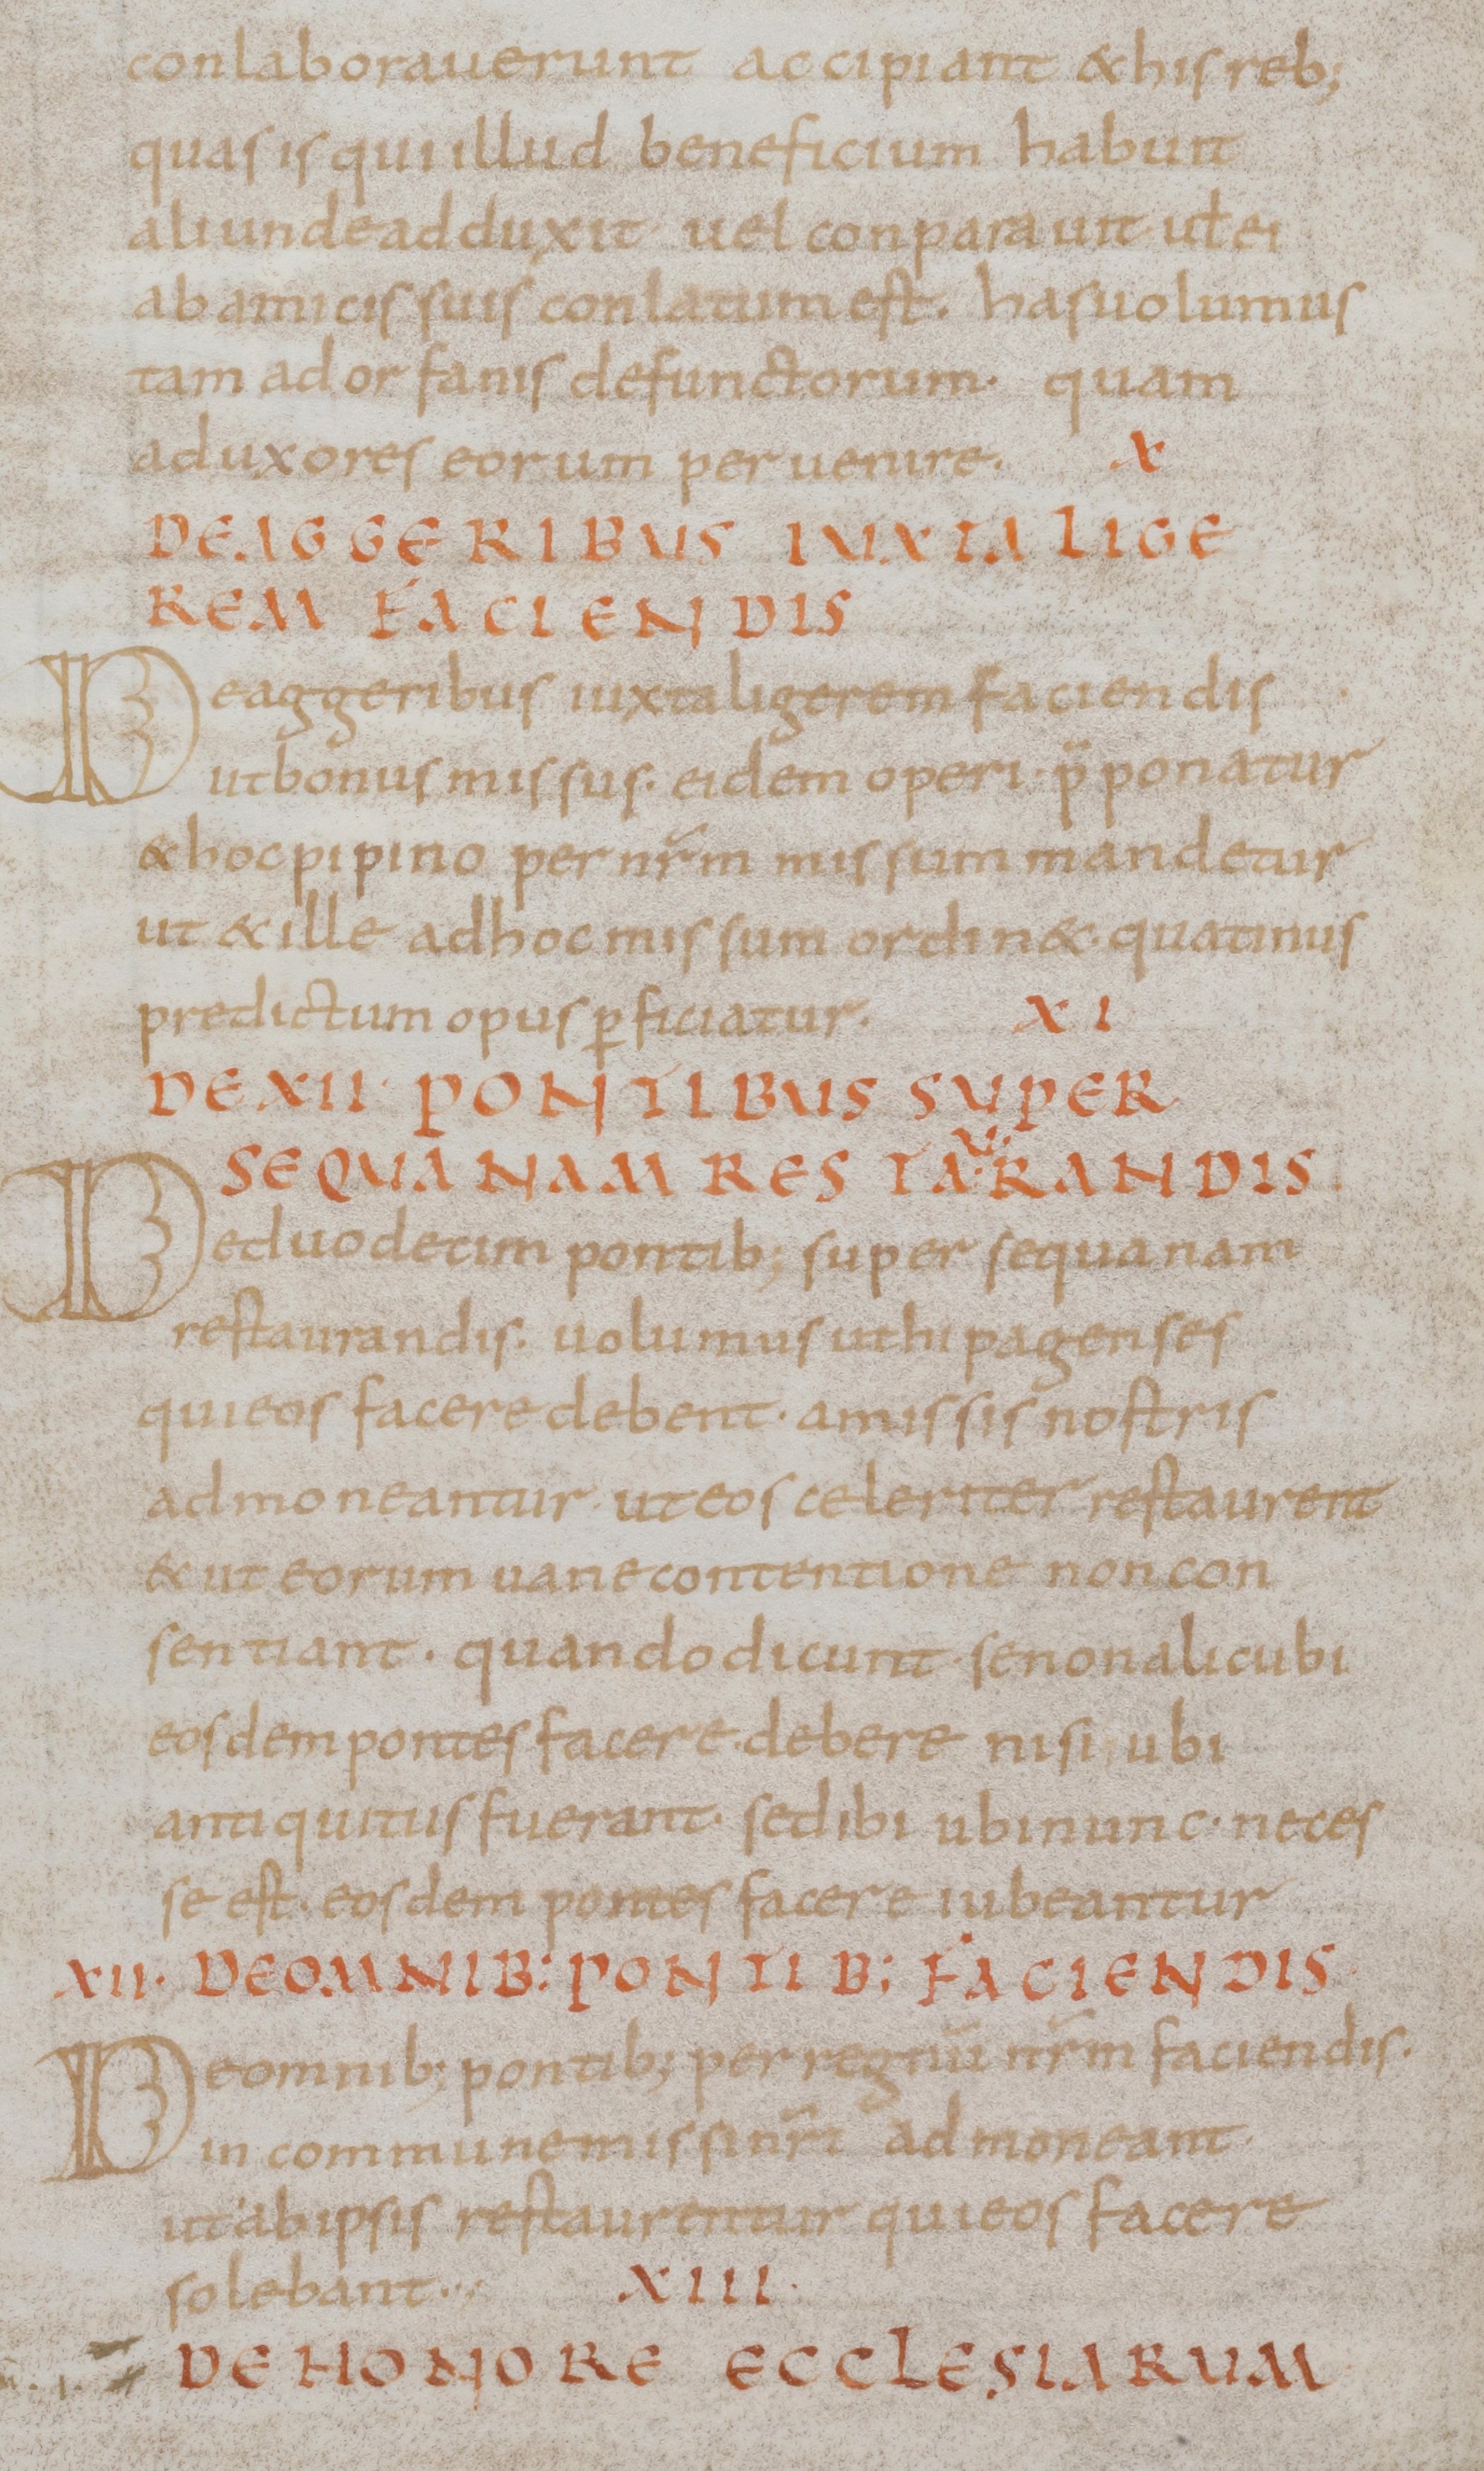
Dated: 800–899